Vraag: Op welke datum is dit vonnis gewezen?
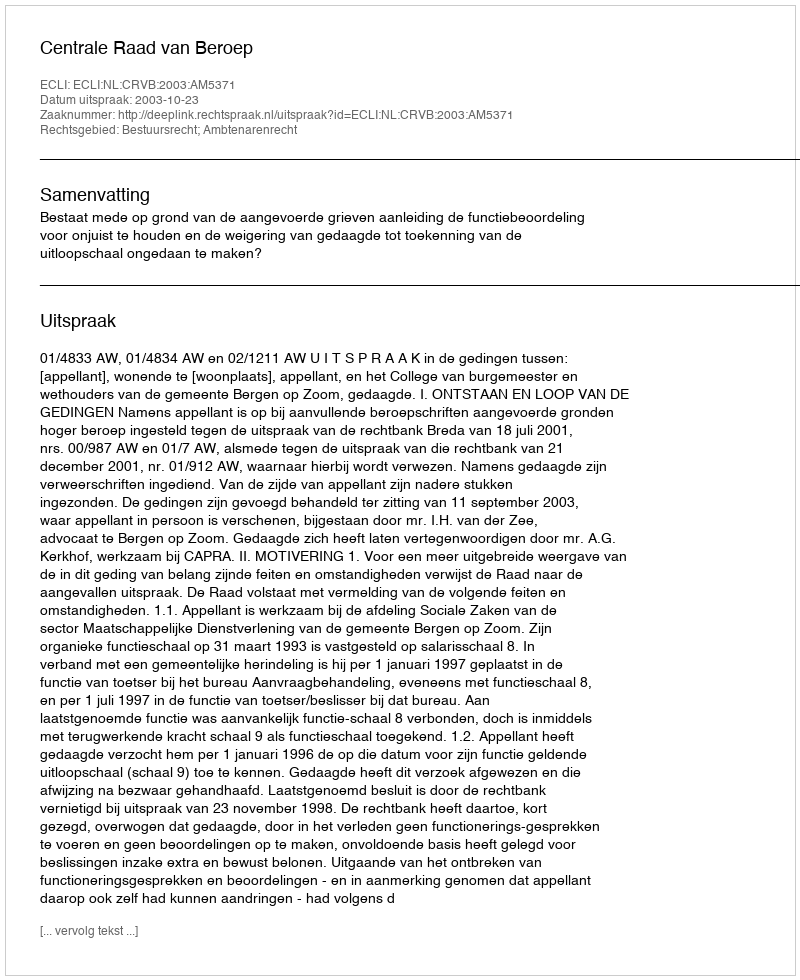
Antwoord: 2003-10-23